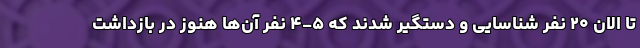
تا الان ۲۰ نفر شناسایی و دستگیر شدند که ۵-۴ نفر آن‌ها هنوز در بازداشت